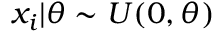
x _ { i } | \theta \sim U ( 0 , \theta )